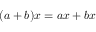
( a + b ) x = a x + b x